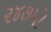
૨૪૭મો